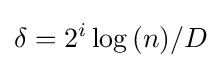
\delta =2^{i}\log {(n)}/D